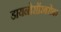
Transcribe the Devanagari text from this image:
डायनोसॉरबरोबर